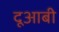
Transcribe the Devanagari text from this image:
दूआबी